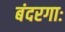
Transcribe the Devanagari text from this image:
बंदरगाः